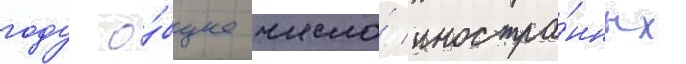
году о́бщее число́ иностра́нных